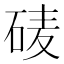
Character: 𰦽